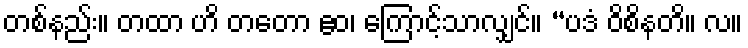
တစ်နည်း။ တထာ ဟိ တတော ဧဝ၊ ကြောင့်သာလျှင်။ “ပဒံ ဝိစိနတိ။ လ။